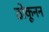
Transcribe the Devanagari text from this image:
ठोकूनन